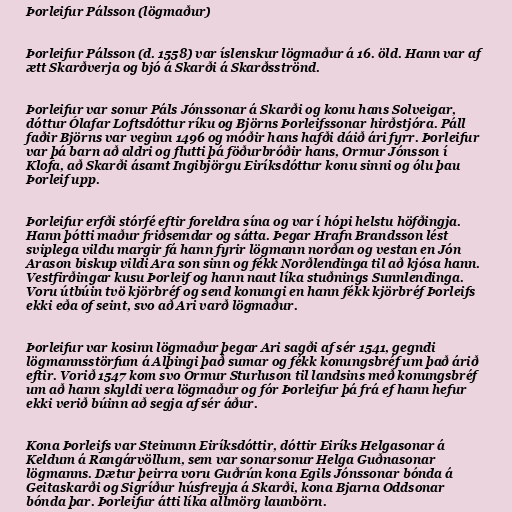
Þorleifur Pálsson (lögmaður)

Þorleifur Pálsson (d. 1558) var íslenskur lögmaður á 16. öld. Hann var af
ætt Skarðverja og bjó á Skarði á Skarðsströnd.

Þorleifur var sonur Páls Jónssonar á Skarði og konu hans Solveigar,
dóttur Ólafar Loftsdóttur ríku og Björns Þorleifssonar hirðstjóra. Páll
faðir Björns var veginn 1496 og móðir hans hafði dáið ári fyrr. Þorleifur
var þá barn að aldri og flutti þá föðurbróðir hans, Ormur Jónsson í
Klofa, að Skarði ásamt Ingibjörgu Eiríksdóttur konu sinni og ólu þau
Þorleif upp.

Þorleifur erfði stórfé eftir foreldra sína og var í hópi helstu höfðingja.
Hann þótti maður friðsemdar og sátta. Þegar Hrafn Brandsson lést
sviplega vildu margir fá hann fyrir lögmann norðan og vestan en Jón
Arason biskup vildi Ara son sinn og fékk Norðlendinga til að kjósa hann.
Vestfirðingar kusu Þorleif og hann naut líka stuðnings Sunnlendinga.
Voru útbúin tvö kjörbréf og send konungi en hann fékk kjörbréf Þorleifs
ekki eða of seint, svo að Ari varð lögmaður.

Þorleifur var kosinn lögmaður þegar Ari sagði af sér 1541, gegndi
lögmannsstörfum á Alþingi það sumar og fékk konungsbréf um það árið
eftir. Vorið 1547 kom svo Ormur Sturluson til landsins með konungsbréf
um að hann skyldi vera lögmaður og fór Þorleifur þá frá ef hann hefur
ekki verið búinn að segja af sér áður.

Kona Þorleifs var Steinunn Eiríksdóttir, dóttir Eiríks Helgasonar á
Keldum á Rangárvöllum, sem var sonarsonur Helga Guðnasonar
lögmanns. Dætur þeirra voru Guðrún kona Egils Jónssonar bónda á
Geitaskarði og Sigríður húsfreyja á Skarði, kona Bjarna Oddsonar
bónda þar. Þorleifur átti líka allmörg launbörn.